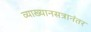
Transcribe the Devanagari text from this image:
व्याख्यानसत्रानंतर